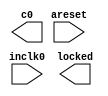
// megafunction wizard: %ALTPLL%VBB%
// GENERATION: STANDARD
// VERSION: WM1.0
// MODULE: altpll 

// ============================================================
// Megafunction Name(s):
// 			altpll
//
// Simulation Library Files(s):
// 			altera_mf
// ============================================================
// ************************************************************
// THIS IS A WIZARD-GENERATED FILE. DO NOT EDIT THIS FILE!
//
// 9.0 Build 235 06/17/2009 SP 2 SJ Web Edition
// ************************************************************

//Copyright (C) 1991-2009 Altera Corporation
//Your use of Altera Corporation's design tools, logic functions 
//and other software and tools, and its AMPP partner logic 
//functions, and any output files from any of the foregoing 
//(including device programming or simulation files), and any 
//associated documentation or information are expressly subject 
//to the terms and conditions of the Altera Program License 
//Subscription Agreement, Altera MegaCore Function License 
//Agreement, or other applicable license agreement, including, 
//without limitation, that your use is for the sole purpose of 
//programming logic devices manufactured by Altera and sold by 
//Altera or its authorized distributors.  Please refer to the 
//applicable agreement for further details.

module vga_pll (
	areset,
	inclk0,
	c0,
	locked);

	input	  areset;
	input	  inclk0;
	output	  c0;
	output	  locked;
`ifndef ALTERA_RESERVED_QIS
// synopsys translate_off
`endif
	tri0	  areset;
`ifndef ALTERA_RESERVED_QIS
// synopsys translate_on
`endif

endmodule

// ============================================================
// CNX file retrieval info
// ============================================================
// Retrieval info: PRIVATE: ACTIVECLK_CHECK STRING "0"
// Retrieval info: PRIVATE: BANDWIDTH STRING "1.000"
// Retrieval info: PRIVATE: BANDWIDTH_FEATURE_ENABLED STRING "1"
// Retrieval info: PRIVATE: BANDWIDTH_FREQ_UNIT STRING "MHz"
// Retrieval info: PRIVATE: BANDWIDTH_PRESET STRING "Low"
// Retrieval info: PRIVATE: BANDWIDTH_USE_AUTO STRING "1"
// Retrieval info: PRIVATE: BANDWIDTH_USE_PRESET STRING "0"
// Retrieval info: PRIVATE: CLKBAD_SWITCHOVER_CHECK STRING "0"
// Retrieval info: PRIVATE: CLKLOSS_CHECK STRING "0"
// Retrieval info: PRIVATE: CLKSWITCH_CHECK STRING "0"
// Retrieval info: PRIVATE: CNX_NO_COMPENSATE_RADIO STRING "0"
// Retrieval info: PRIVATE: CREATE_CLKBAD_CHECK STRING "0"
// Retrieval info: PRIVATE: CREATE_INCLK1_CHECK STRING "0"
// Retrieval info: PRIVATE: CUR_DEDICATED_CLK STRING "c0"
// Retrieval info: PRIVATE: CUR_FBIN_CLK STRING "e0"
// Retrieval info: PRIVATE: DEVICE_SPEED_GRADE STRING "8"
// Retrieval info: PRIVATE: DIV_FACTOR0 NUMERIC "1"
// Retrieval info: PRIVATE: DUTY_CYCLE0 STRING "50.00000000"
// Retrieval info: PRIVATE: EFF_OUTPUT_FREQ_VALUE0 STRING "25.000000"
// Retrieval info: PRIVATE: EXPLICIT_SWITCHOVER_COUNTER STRING "0"
// Retrieval info: PRIVATE: EXT_FEEDBACK_RADIO STRING "0"
// Retrieval info: PRIVATE: GLOCKED_COUNTER_EDIT_CHANGED STRING "1"
// Retrieval info: PRIVATE: GLOCKED_FEATURE_ENABLED STRING "0"
// Retrieval info: PRIVATE: GLOCKED_MODE_CHECK STRING "0"
// Retrieval info: PRIVATE: GLOCK_COUNTER_EDIT NUMERIC "1048575"
// Retrieval info: PRIVATE: HAS_MANUAL_SWITCHOVER STRING "1"
// Retrieval info: PRIVATE: INCLK0_FREQ_EDIT STRING "50.000"
// Retrieval info: PRIVATE: INCLK0_FREQ_UNIT_COMBO STRING "MHz"
// Retrieval info: PRIVATE: INCLK1_FREQ_EDIT STRING "100.000"
// Retrieval info: PRIVATE: INCLK1_FREQ_EDIT_CHANGED STRING "1"
// Retrieval info: PRIVATE: INCLK1_FREQ_UNIT_CHANGED STRING "1"
// Retrieval info: PRIVATE: INCLK1_FREQ_UNIT_COMBO STRING "MHz"
// Retrieval info: PRIVATE: INTENDED_DEVICE_FAMILY STRING "Cyclone III"
// Retrieval info: PRIVATE: INT_FEEDBACK__MODE_RADIO STRING "1"
// Retrieval info: PRIVATE: LOCKED_OUTPUT_CHECK STRING "1"
// Retrieval info: PRIVATE: LONG_SCAN_RADIO STRING "1"
// Retrieval info: PRIVATE: LVDS_MODE_DATA_RATE STRING "300.000"
// Retrieval info: PRIVATE: LVDS_MODE_DATA_RATE_DIRTY NUMERIC "0"
// Retrieval info: PRIVATE: LVDS_PHASE_SHIFT_UNIT0 STRING "deg"
// Retrieval info: PRIVATE: MIG_DEVICE_SPEED_GRADE STRING "Any"
// Retrieval info: PRIVATE: MIRROR_CLK0 STRING "0"
// Retrieval info: PRIVATE: MULT_FACTOR0 NUMERIC "1"
// Retrieval info: PRIVATE: NORMAL_MODE_RADIO STRING "1"
// Retrieval info: PRIVATE: OUTPUT_FREQ0 STRING "25.00000000"
// Retrieval info: PRIVATE: OUTPUT_FREQ_MODE0 STRING "1"
// Retrieval info: PRIVATE: OUTPUT_FREQ_UNIT0 STRING "MHz"
// Retrieval info: PRIVATE: PHASE_RECONFIG_FEATURE_ENABLED STRING "1"
// Retrieval info: PRIVATE: PHASE_RECONFIG_INPUTS_CHECK STRING "0"
// Retrieval info: PRIVATE: PHASE_SHIFT0 STRING "0.00000000"
// Retrieval info: PRIVATE: PHASE_SHIFT_STEP_ENABLED_CHECK STRING "0"
// Retrieval info: PRIVATE: PHASE_SHIFT_UNIT0 STRING "deg"
// Retrieval info: PRIVATE: PLL_ADVANCED_PARAM_CHECK STRING "0"
// Retrieval info: PRIVATE: PLL_ARESET_CHECK STRING "1"
// Retrieval info: PRIVATE: PLL_AUTOPLL_CHECK NUMERIC "1"
// Retrieval info: PRIVATE: PLL_ENHPLL_CHECK NUMERIC "0"
// Retrieval info: PRIVATE: PLL_FASTPLL_CHECK NUMERIC "0"
// Retrieval info: PRIVATE: PLL_FBMIMIC_CHECK STRING "0"
// Retrieval info: PRIVATE: PLL_LVDS_PLL_CHECK NUMERIC "0"
// Retrieval info: PRIVATE: PLL_PFDENA_CHECK STRING "0"
// Retrieval info: PRIVATE: PLL_TARGET_HARCOPY_CHECK NUMERIC "0"
// Retrieval info: PRIVATE: PRIMARY_CLK_COMBO STRING "inclk0"
// Retrieval info: PRIVATE: RECONFIG_FILE STRING "vga_pll.mif"
// Retrieval info: PRIVATE: SACN_INPUTS_CHECK STRING "0"
// Retrieval info: PRIVATE: SCAN_FEATURE_ENABLED STRING "1"
// Retrieval info: PRIVATE: SELF_RESET_LOCK_LOSS STRING "0"
// Retrieval info: PRIVATE: SHORT_SCAN_RADIO STRING "0"
// Retrieval info: PRIVATE: SPREAD_FEATURE_ENABLED STRING "0"
// Retrieval info: PRIVATE: SPREAD_FREQ STRING "50.000"
// Retrieval info: PRIVATE: SPREAD_FREQ_UNIT STRING "KHz"
// Retrieval info: PRIVATE: SPREAD_PERCENT STRING "0.500"
// Retrieval info: PRIVATE: SPREAD_USE STRING "0"
// Retrieval info: PRIVATE: SRC_SYNCH_COMP_RADIO STRING "0"
// Retrieval info: PRIVATE: STICKY_CLK0 STRING "1"
// Retrieval info: PRIVATE: SWITCHOVER_COUNT_EDIT NUMERIC "1"
// Retrieval info: PRIVATE: SWITCHOVER_FEATURE_ENABLED STRING "1"
// Retrieval info: PRIVATE: SYNTH_WRAPPER_GEN_POSTFIX STRING "0"
// Retrieval info: PRIVATE: USE_CLK0 STRING "1"
// Retrieval info: PRIVATE: USE_CLKENA0 STRING "0"
// Retrieval info: PRIVATE: USE_MIL_SPEED_GRADE NUMERIC "0"
// Retrieval info: PRIVATE: ZERO_DELAY_RADIO STRING "0"
// Retrieval info: LIBRARY: altera_mf altera_mf.altera_mf_components.all
// Retrieval info: CONSTANT: BANDWIDTH_TYPE STRING "AUTO"
// Retrieval info: CONSTANT: CLK0_DIVIDE_BY NUMERIC "2"
// Retrieval info: CONSTANT: CLK0_DUTY_CYCLE NUMERIC "50"
// Retrieval info: CONSTANT: CLK0_MULTIPLY_BY NUMERIC "1"
// Retrieval info: CONSTANT: CLK0_PHASE_SHIFT STRING "0"
// Retrieval info: CONSTANT: COMPENSATE_CLOCK STRING "CLK0"
// Retrieval info: CONSTANT: INCLK0_INPUT_FREQUENCY NUMERIC "20000"
// Retrieval info: CONSTANT: INTENDED_DEVICE_FAMILY STRING "Cyclone III"
// Retrieval info: CONSTANT: LPM_TYPE STRING "altpll"
// Retrieval info: CONSTANT: OPERATION_MODE STRING "NORMAL"
// Retrieval info: CONSTANT: PLL_TYPE STRING "AUTO"
// Retrieval info: CONSTANT: PORT_ACTIVECLOCK STRING "PORT_UNUSED"
// Retrieval info: CONSTANT: PORT_ARESET STRING "PORT_USED"
// Retrieval info: CONSTANT: PORT_CLKBAD0 STRING "PORT_UNUSED"
// Retrieval info: CONSTANT: PORT_CLKBAD1 STRING "PORT_UNUSED"
// Retrieval info: CONSTANT: PORT_CLKLOSS STRING "PORT_UNUSED"
// Retrieval info: CONSTANT: PORT_CLKSWITCH STRING "PORT_UNUSED"
// Retrieval info: CONSTANT: PORT_CONFIGUPDATE STRING "PORT_UNUSED"
// Retrieval info: CONSTANT: PORT_FBIN STRING "PORT_UNUSED"
// Retrieval info: CONSTANT: PORT_INCLK0 STRING "PORT_USED"
// Retrieval info: CONSTANT: PORT_INCLK1 STRING "PORT_UNUSED"
// Retrieval info: CONSTANT: PORT_LOCKED STRING "PORT_USED"
// Retrieval info: CONSTANT: PORT_PFDENA STRING "PORT_UNUSED"
// Retrieval info: CONSTANT: PORT_PHASECOUNTERSELECT STRING "PORT_UNUSED"
// Retrieval info: CONSTANT: PORT_PHASEDONE STRING "PORT_UNUSED"
// Retrieval info: CONSTANT: PORT_PHASESTEP STRING "PORT_UNUSED"
// Retrieval info: CONSTANT: PORT_PHASEUPDOWN STRING "PORT_UNUSED"
// Retrieval info: CONSTANT: PORT_PLLENA STRING "PORT_UNUSED"
// Retrieval info: CONSTANT: PORT_SCANACLR STRING "PORT_UNUSED"
// Retrieval info: CONSTANT: PORT_SCANCLK STRING "PORT_UNUSED"
// Retrieval info: CONSTANT: PORT_SCANCLKENA STRING "PORT_UNUSED"
// Retrieval info: CONSTANT: PORT_SCANDATA STRING "PORT_UNUSED"
// Retrieval info: CONSTANT: PORT_SCANDATAOUT STRING "PORT_UNUSED"
// Retrieval info: CONSTANT: PORT_SCANDONE STRING "PORT_UNUSED"
// Retrieval info: CONSTANT: PORT_SCANREAD STRING "PORT_UNUSED"
// Retrieval info: CONSTANT: PORT_SCANWRITE STRING "PORT_UNUSED"
// Retrieval info: CONSTANT: PORT_clk0 STRING "PORT_USED"
// Retrieval info: CONSTANT: PORT_clk1 STRING "PORT_UNUSED"
// Retrieval info: CONSTANT: PORT_clk2 STRING "PORT_UNUSED"
// Retrieval info: CONSTANT: PORT_clk3 STRING "PORT_UNUSED"
// Retrieval info: CONSTANT: PORT_clk4 STRING "PORT_UNUSED"
// Retrieval info: CONSTANT: PORT_clk5 STRING "PORT_UNUSED"
// Retrieval info: CONSTANT: PORT_clkena0 STRING "PORT_UNUSED"
// Retrieval info: CONSTANT: PORT_clkena1 STRING "PORT_UNUSED"
// Retrieval info: CONSTANT: PORT_clkena2 STRING "PORT_UNUSED"
// Retrieval info: CONSTANT: PORT_clkena3 STRING "PORT_UNUSED"
// Retrieval info: CONSTANT: PORT_clkena4 STRING "PORT_UNUSED"
// Retrieval info: CONSTANT: PORT_clkena5 STRING "PORT_UNUSED"
// Retrieval info: CONSTANT: PORT_extclk0 STRING "PORT_UNUSED"
// Retrieval info: CONSTANT: PORT_extclk1 STRING "PORT_UNUSED"
// Retrieval info: CONSTANT: PORT_extclk2 STRING "PORT_UNUSED"
// Retrieval info: CONSTANT: PORT_extclk3 STRING "PORT_UNUSED"
// Retrieval info: CONSTANT: SELF_RESET_ON_LOSS_LOCK STRING "OFF"
// Retrieval info: CONSTANT: WIDTH_CLOCK NUMERIC "5"
// Retrieval info: USED_PORT: @clk 0 0 5 0 OUTPUT_CLK_EXT VCC "@clk[4..0]"
// Retrieval info: USED_PORT: areset 0 0 0 0 INPUT GND "areset"
// Retrieval info: USED_PORT: c0 0 0 0 0 OUTPUT_CLK_EXT VCC "c0"
// Retrieval info: USED_PORT: inclk0 0 0 0 0 INPUT_CLK_EXT GND "inclk0"
// Retrieval info: USED_PORT: locked 0 0 0 0 OUTPUT GND "locked"
// Retrieval info: CONNECT: locked 0 0 0 0 @locked 0 0 0 0
// Retrieval info: CONNECT: @inclk 0 0 1 0 inclk0 0 0 0 0
// Retrieval info: CONNECT: c0 0 0 0 0 @clk 0 0 1 0
// Retrieval info: CONNECT: @inclk 0 0 1 1 GND 0 0 0 0
// Retrieval info: CONNECT: @areset 0 0 0 0 areset 0 0 0 0
// Retrieval info: GEN_FILE: TYPE_NORMAL vga_pll.v TRUE
// Retrieval info: GEN_FILE: TYPE_NORMAL vga_pll.ppf TRUE
// Retrieval info: GEN_FILE: TYPE_NORMAL vga_pll.inc FALSE
// Retrieval info: GEN_FILE: TYPE_NORMAL vga_pll.cmp TRUE
// Retrieval info: GEN_FILE: TYPE_NORMAL vga_pll.bsf TRUE
// Retrieval info: GEN_FILE: TYPE_NORMAL vga_pll_inst.v FALSE
// Retrieval info: GEN_FILE: TYPE_NORMAL vga_pll_bb.v TRUE
// Retrieval info: GEN_FILE: TYPE_NORMAL vga_pll_waveforms.html TRUE
// Retrieval info: GEN_FILE: TYPE_NORMAL vga_pll_wave*.jpg FALSE
// Retrieval info: LIB_FILE: altera_mf
// Retrieval info: CBX_MODULE_PREFIX: ON